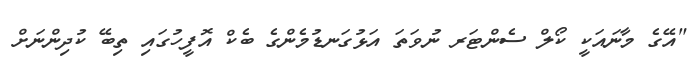
"އޭގެ މާނައަކީ ކޯލް ސެންޓަރ ނުވަތަ އަޅުގަނޑުމެންގެ ބެކް އޮފީހުގައި ތިބޭ ކުދިންނަށް